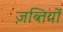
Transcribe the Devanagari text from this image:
ज़ब्तियों